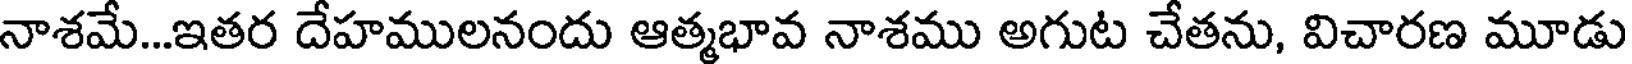
నాశమే...ఇతర దేహములనందు ఆత్మభావ నాశము అగుట చేతను, విచారణ మూడు